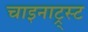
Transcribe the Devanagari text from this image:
चाइनाट्र्स्ट